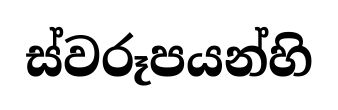
ස්වරූපයන්හි